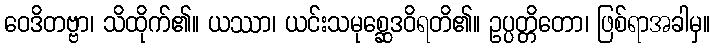
ဝေဒိတဗ္ဗာ၊ သိထိုက်၏။ ယဿာ၊ ယင်းသမုစ္ဆေဒဝိရတိ၏။ ဥပ္ပတ္တိတော၊ ဖြစ်ရာအခါမှ။